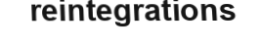
reintegrations